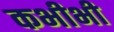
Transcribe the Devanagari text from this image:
कभीभी